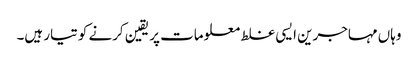
وہاں مہاجرین ایسی غلط معلومات پر یقین کرنے کو تیار ہیں۔